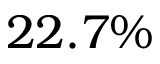
2 2 . 7 \%